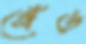
গেঁড়